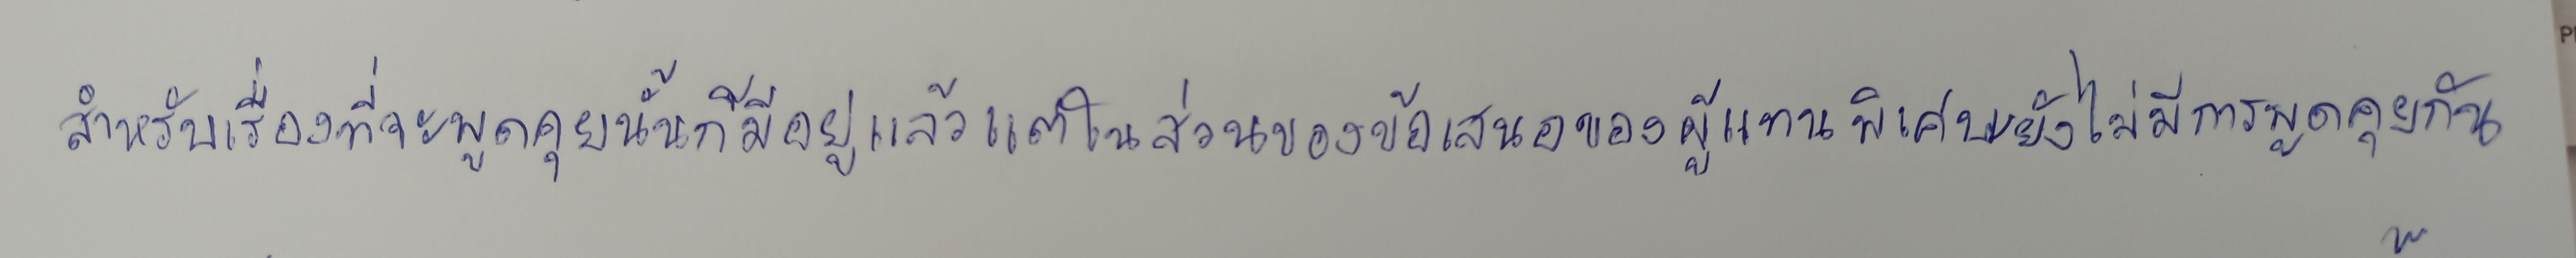
สำหรับเรื่องที่จะพูดคุยนั้นก็มีอยู่แล้วแต่ในส่วนของข้อเสนอของผู้แทนพิเศษยังไม่มีการพูดคุยกัน